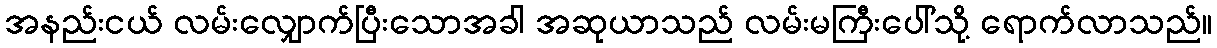
အနည်းငယ် လမ်းလျှောက်ပြီးသောအခါ အဆုယာသည် လမ်းမကြီးပေါ်သို့ ရောက်လာသည်။